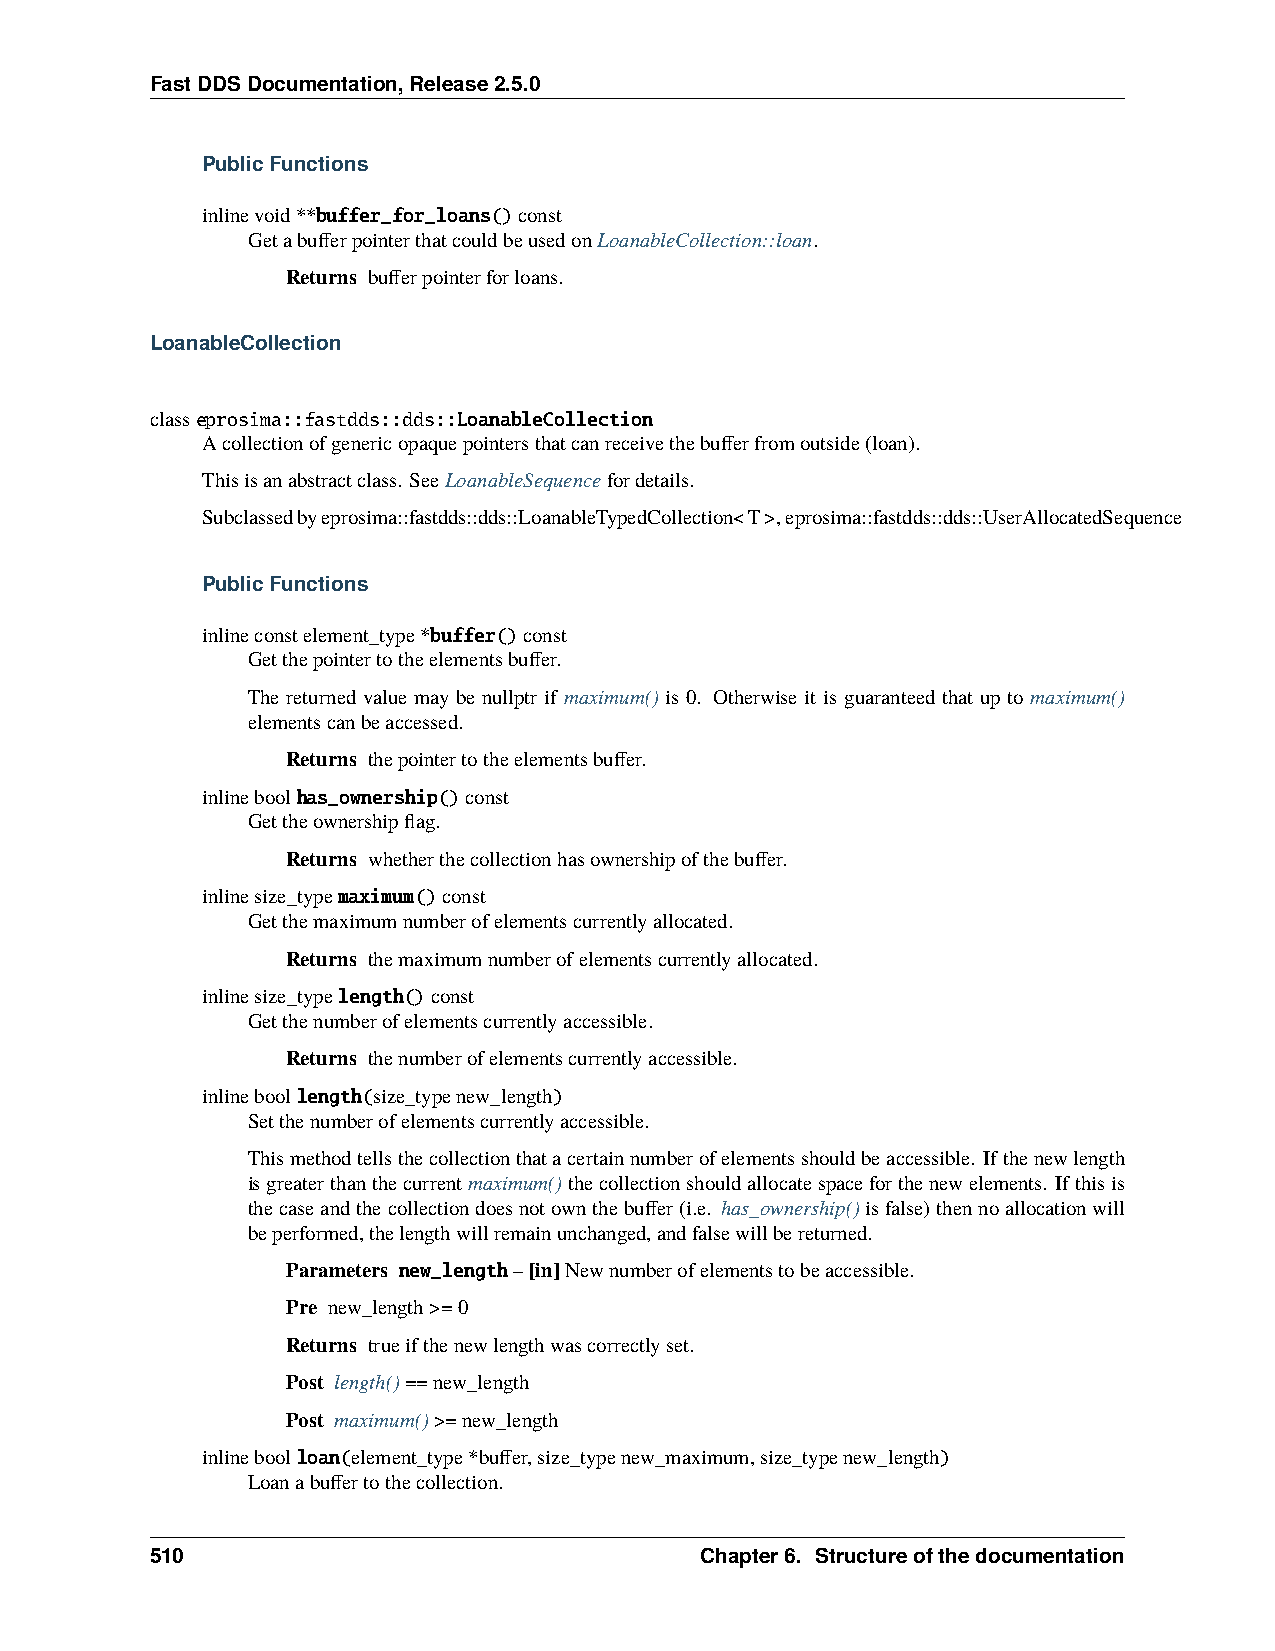
FastDDSDocumentation,Release2.5.0
 PublicFunctions
 inlinevoid**buffer_for_loans()const
 GetabufferpointerthatcouldbeusedonLoanableCollection::loan.
 Returns bufferpointerforloans.
 LoanableCollection
 classeprosima::fastdds::dds::LoanableCollection
 Acollectionofgenericopaquepointersthatcanreceivethebufferfromoutside(loan).
 Thisisanabstractclass. SeeLoanableSequencefordetails.
 Subclassedbyeprosima::fastdds::dds::LoanableTypedCollection<T>,eprosima::fastdds::dds::UserAllocatedSequence
 PublicFunctions
 inlineconstelement_type*buffer()const
 Getthepointertotheelementsbuffer.
 The returned value may be nullptr if maximum() is 0. Otherwise it is guaranteed that up to maximum()
 elementscanbeaccessed.
 Returns thepointertotheelementsbuffer.
 inlineboolhas_ownership()const
 Gettheownershipflag.
 Returns whetherthecollectionhasownershipofthebuffer.
 inlinesize_typemaximum()const
 Getthemaximumnumberofelementscurrentlyallocated.
 Returns themaximumnumberofelementscurrentlyallocated.
 inlinesize_typelength()const
 Getthenumberofelementscurrentlyaccessible.
 Returns thenumberofelementscurrentlyaccessible.
 inlineboollength(size_typenew_length)
 Setthenumberofelementscurrentlyaccessible.
 Thismethodtellsthecollectionthatacertainnumberofelementsshouldbeaccessible. Ifthenewlength
 isgreaterthanthecurrentmaximum()thecollectionshouldallocatespaceforthenewelements. Ifthisis
 thecaseandthecollectiondoesnotownthebuffer(i.e. has_ownership()isfalse)thennoallocationwill
 beperformed,thelengthwillremainunchanged,andfalsewillbereturned.
 Parameters new_length–[in]Newnumberofelementstobeaccessible.
 Pre new_length>=0
 Returns trueifthenewlengthwascorrectlyset.
 Post length()==new_length
 Post maximum()>=new_length
 inlineboolloan(element_type*buffer,size_typenew_maximum,size_typenew_length)
 Loanabuffertothecollection.
 510                                 Chapter6. Structureofthedocumentation